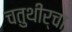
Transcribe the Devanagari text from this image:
चतुथीर्चा